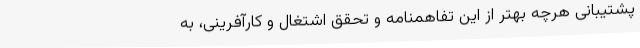
پشتیبانی هرچه بهتر از این تفاهمنامه و تحقق اشتغال و کارآفرینی، به